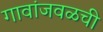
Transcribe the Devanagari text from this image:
गावांजवळची